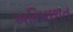
અતિપછાત